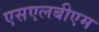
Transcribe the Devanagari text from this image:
एसएलबीएम